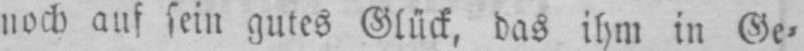
noch auf sein gutes Glück, das ihm in Ge⸗